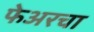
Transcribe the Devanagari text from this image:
फेअरचा